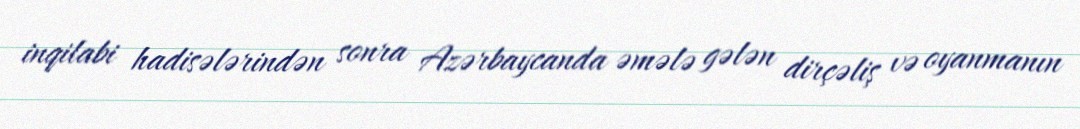
inqilabi hadisələrindən sonra Azərbaycanda əmələ gələn dirçəliş və oyanmanın